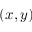
( x , y )